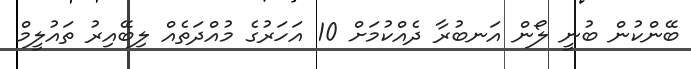
ބޭންކުން ބުނީ ލޯން އަނބުރާ ދެއްކުމަށް 10 އަހަރުގެ މުއްދަތެއް ލިބޭއިރު ތައުލީމް